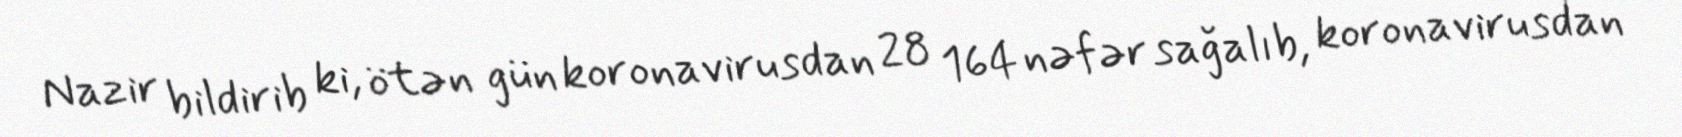
Nazir bildirib ki, ötən gün koronavirusdan 28 164 nəfər sağalıb, koronavirusdan